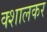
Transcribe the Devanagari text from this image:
क्शालकर